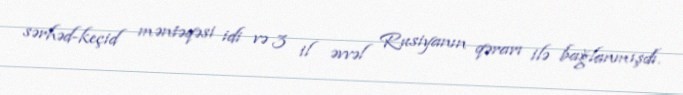
sərhəd-keçid məntəqəsi idi və 3 il əvvəl Rusiyanın qərarı ilə bağlanmışdı.